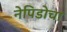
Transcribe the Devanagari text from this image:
नेपिडोचा